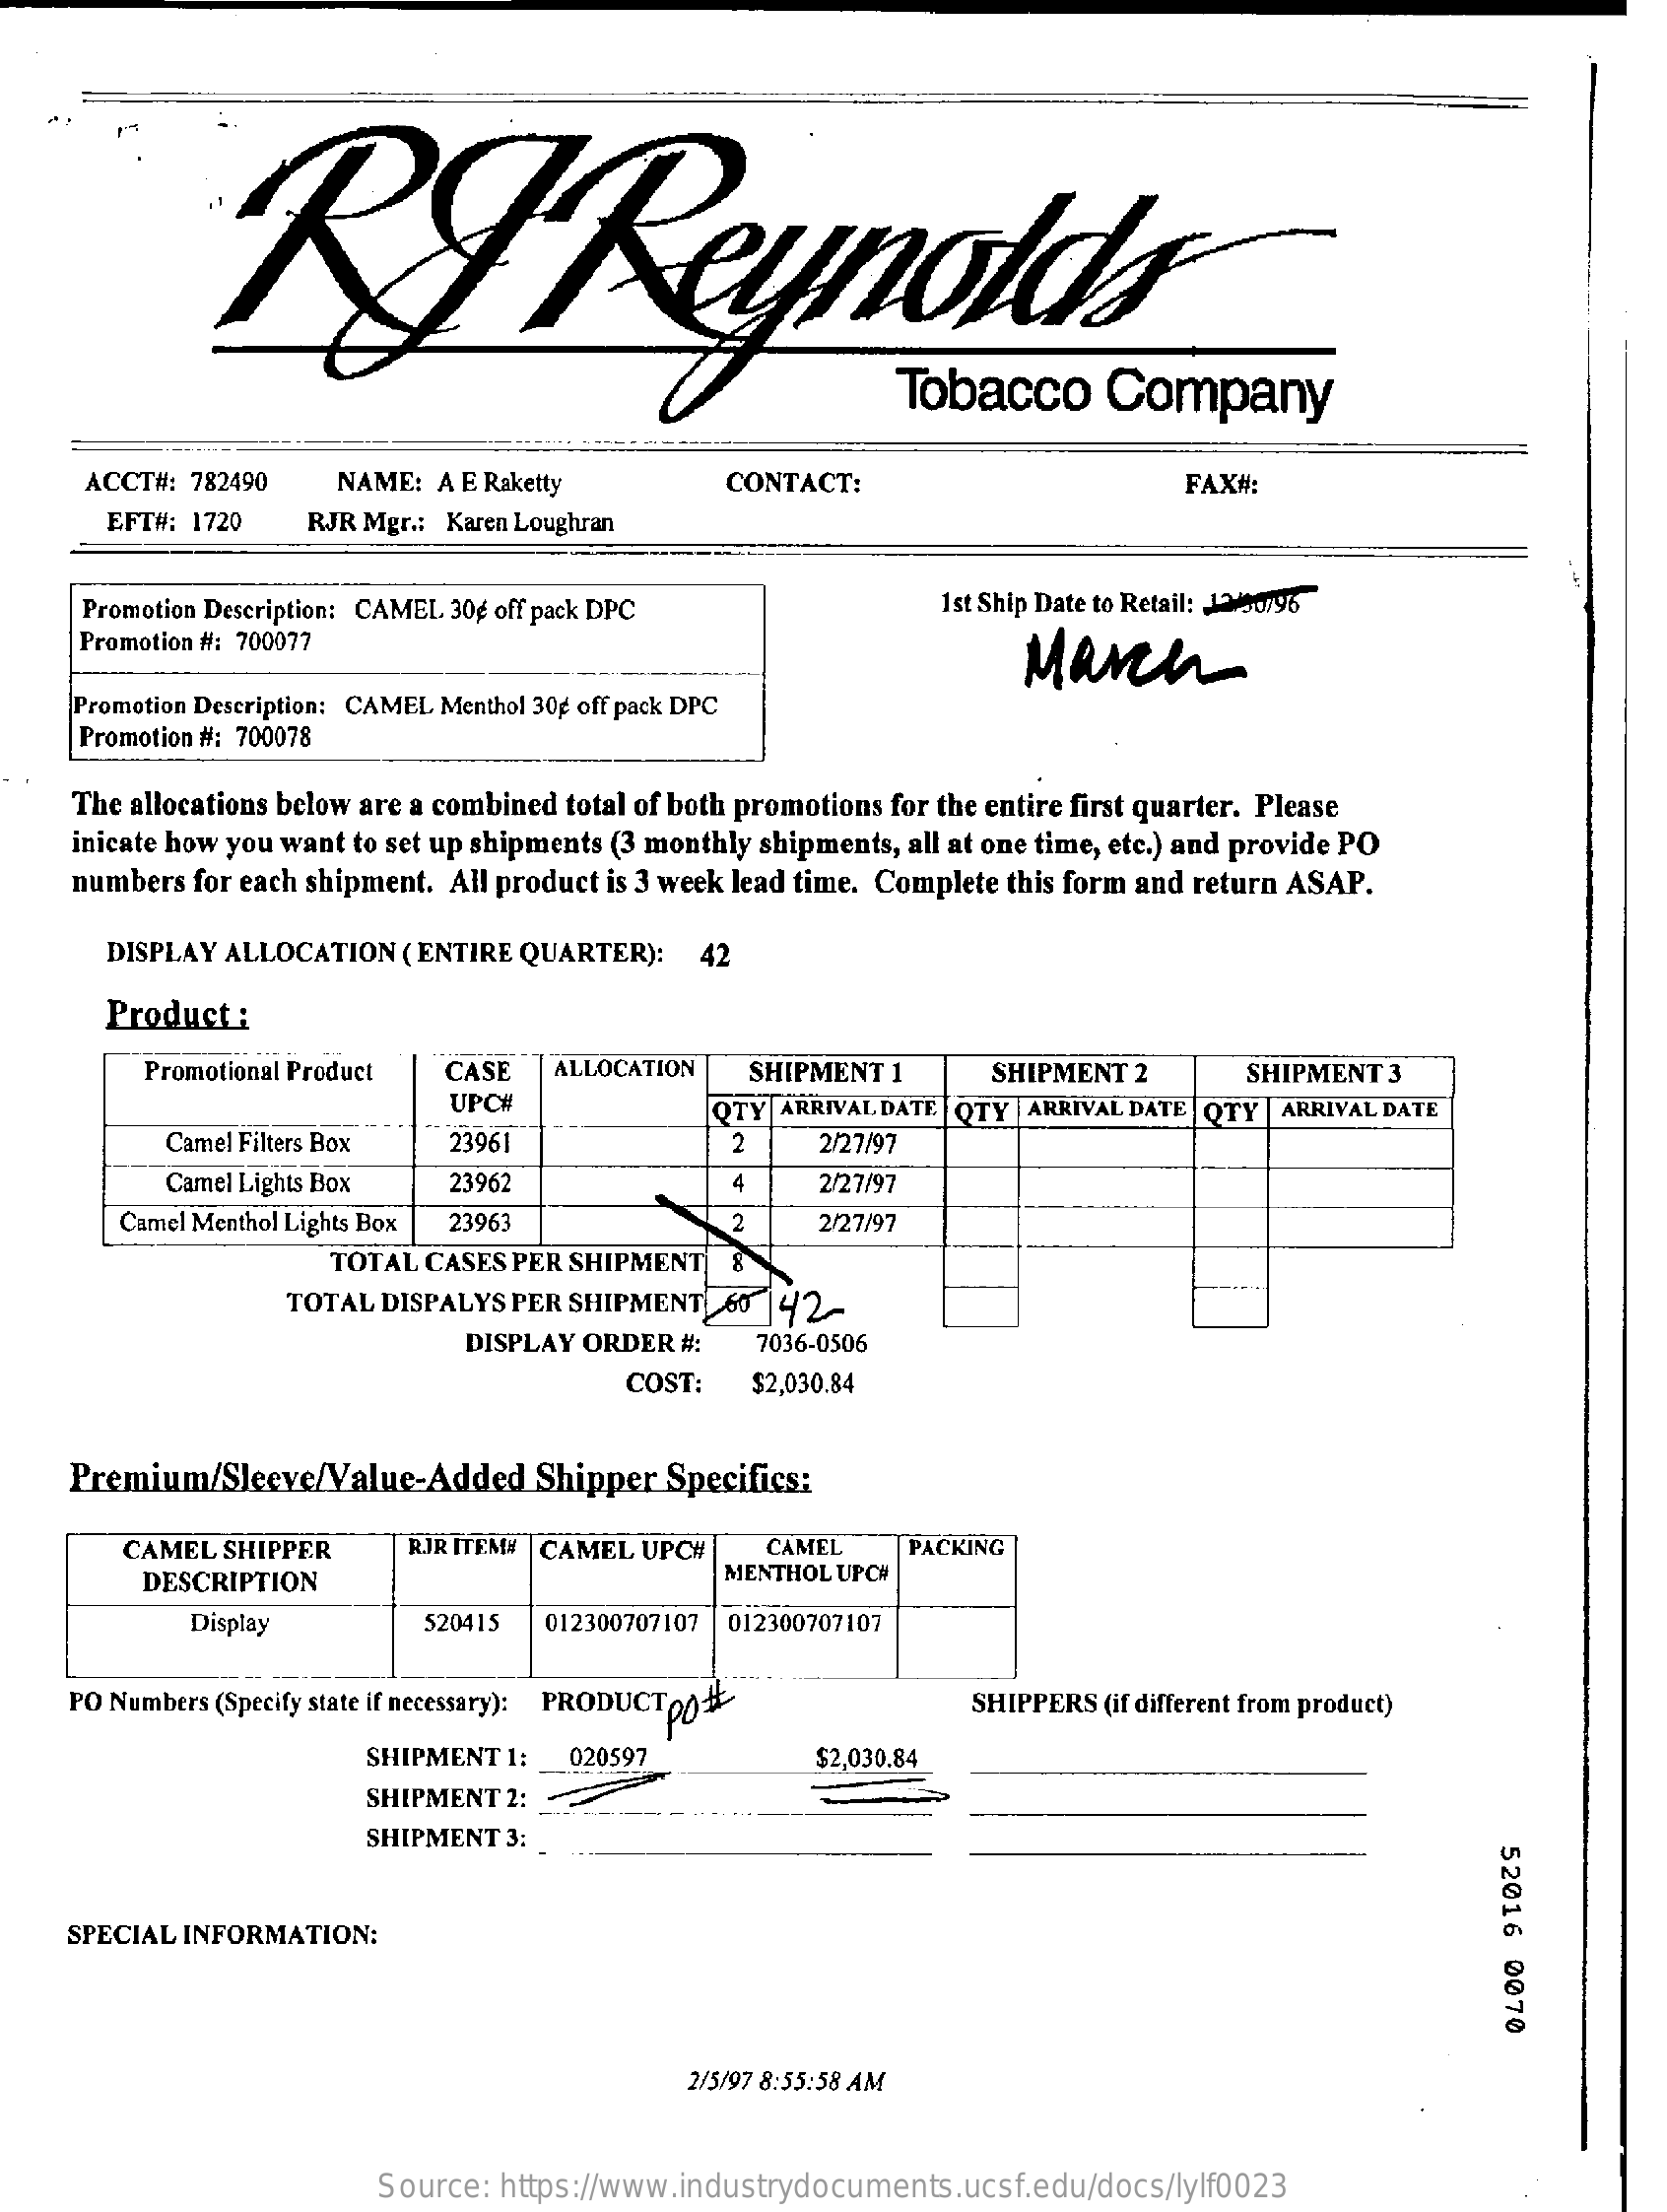
KJ    Reynolds
     Tobacco    Company
     ACCT#: 782490   NAME:  A E Raketty    CONTACT:    FAX#:
     EFT#: 1720   RJR Mgr .: Karen Loughran
     Promotion Description: CAMEL 30g off pack DPC    1st Ship Date to Retail: 1290796
     Promotion #: 700077
     March
     Promotion Description: CAMEL Menthol 30g off pack DPC
     Promotion #: 700078
     The allocations below are a combined total of both promotions for the entire first quarter. Please
     inicate how you want to set up shipments (3 monthly shipments, all at one time, etc.) and provide PO
     numbers for each shipment. All product is 3 week lead time. Complete this form and return ASAP.
     DISPLAY ALLOCATION ( ENTIRE QUARTER):  42
     Product  :
     Promotional Product CASE  ALLOCATION   SHIPMENT 1    SHIPMENT 2    SHIPMENT 3
     UPC#    QTY ARRIVAL DATE QTY |ARRIVAL DATE QTY |ARRIVAL DATE
     Camel Filters Box  23961    2    2/27/97
     Camel Lights Box  23962    4    2/27/97
     Camel Menthol Lights Box 23963    2    2/27/97
     TOTAL CASES PER SHIPMENT  8
     TOTAL DISPALYS PER SHIPMENT 60 142-
     DISPLAY ORDER  #:   7036-0506
     COST:   $2,030.84
     Premium/Sleeve/Value-Added    Shipper  Specifics:
     CAMEL  SHIPPER    RJR ITEM# |CAMEL UPC#  CAMEL    PACKING
     DESCRIPTION    MENTHOL UPC#
     Display    520415  012300707107 012300707107
     PO Numbers (Specify state if necessary): PRODUCTO0#    SHIPPERS (if different from product)
     SHIPMENT 1:  020597    $2,030.84
     SHIPMENT 2:
     SHIPMENT 3:
     52016
     0070
     SPECIAL INFORMATION:
     2/5/97 8:55:58 AM
     Source: https://www.industrydocuments.ucsf.edu/docs/lylf0023